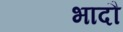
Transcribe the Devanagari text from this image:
भादौ